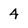
Character: 4